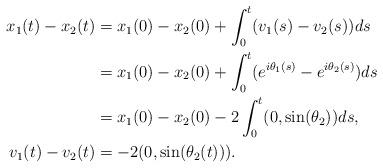
LaTeX: \begin{align*}\begin{aligned}x_1(t)-x_2(t)&= x_1(0)-x_2(0)+\int_{0}^t(v_1(s)-v_2(s)) ds\\&= x_1(0)-x_2(0)+\int_{0}^t(e^{i\theta_1(s)}-e^{i\theta_2(s)}) ds\\&= x_1(0)-x_2(0)-2\int_{0}^t(0,\sin(\theta_2)) ds,\\v_1(t)-v_2(t)&= -2(0, \sin(\theta_2(t))).\end{aligned}\end{align*}